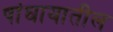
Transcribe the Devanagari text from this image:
षांघायातील